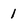
Character: 1